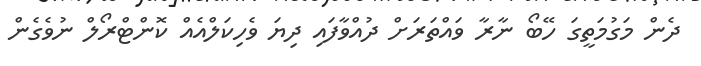
ދެން މަގުމަތީގަ ހޭބޯ ނާރާ ވައްތަރަށް ދުއްވާފައި ދިޔަ ވެހިކަލްއެއް ކޮންޓްރޯލް ނުވެގެން